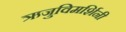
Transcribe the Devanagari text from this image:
ऋजुविमर्शिनी